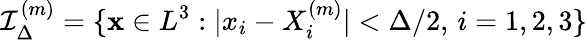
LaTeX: \mathcal{I}_{\Delta}^{(m)}=\{ \mathbf{x}\in L^{3}:|x_{i}-X_{i}^{(m)}|<\Delta/2,\, i=1,2,3\}